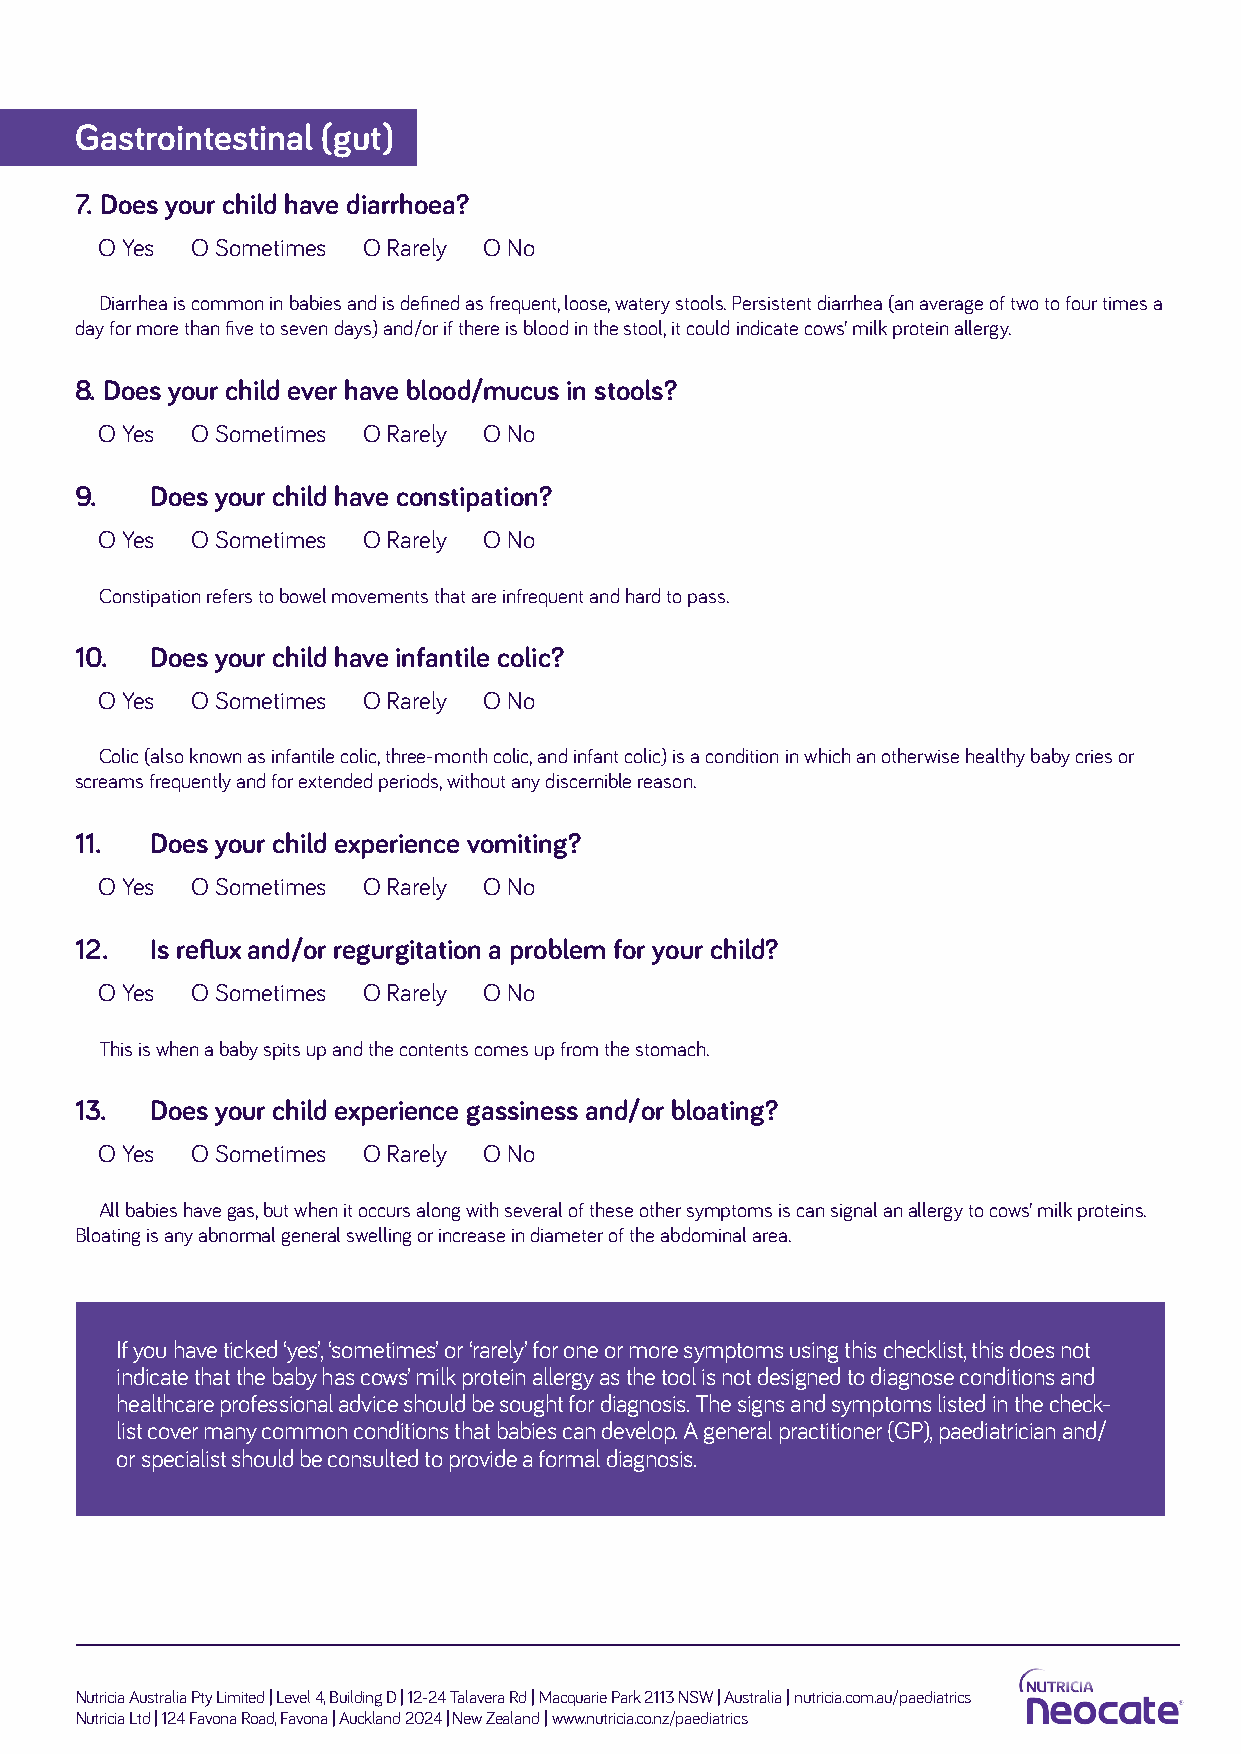
Gastrointestinal (gut)
 7. Does your child have diarrhoea?
 O Yes O Sometimes O Rarely O No
 Diarrhea is common in babies and is defined as frequent, loose, watery stools. Persistent diarrhea (an average of two to four times a
 day for more than five to seven days) and/or if there is blood in the stool, it could indicate cows’ milk protein allergy.
 8. Does your child ever have blood/mucus in stools?
 O Yes O Sometimes O Rarely O No
 9.   Does your child have constipation?
 O Yes O Sometimes O Rarely O No
 Constipation refers to bowel movements that are infrequent and hard to pass.
 10.  Does your child have infantile colic?
 O Yes O Sometimes O Rarely O No
 Colic (also known as infantile colic, three-month colic, and infant colic) is a condition in which an otherwise healthy baby cries or
 screams frequently and for extended periods, without any discernible reason.
 11.  Does your child experience vomiting?
 O Yes O Sometimes O Rarely O No
 12.  Is reflux and/or regurgitation a problem for your child?
 O Yes O Sometimes O Rarely O No
 This is when a baby spits up and the contents comes up from the stomach.
 13.  Does your child experience gassiness and/or bloating?
 O Yes O Sometimes O Rarely O No
 All babies have gas, but when it occurs along with several of these other symptoms is can signal an allergy to cows’ milk proteins.
 Bloating is any abnormal general swelling or increase in diameter of the abdominal area.
 If you have ticked ‘yes’, ‘sometimes’ or ‘rarely’ for one or more symptoms using this checklist, this does not
 indicate that the baby has cows’ milk protein allergy as the tool is not designed to diagnose conditions and
 healthcare professional advice should be sought for diagnosis. The signs and symptoms listed in the check-
 list cover many common conditions that babies can develop. A general practitioner (GP), paediatrician and/
 or specialist should be consulted to provide a formal diagnosis.
 Nutricia Australia Pty Limited | Level 4, Building D | 12-24 Talavera Rd | Macquarie Park 2113 NSW | Australia | nutricia.com.au/paediatrics
 Nutricia Ltd | 124 Favona Road, Favona | Auckland 2024 | New Zealand | www.nutricia.co.nz/paediatrics